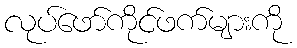
လုပ်ဖော်ကိုင်ဖက်များကို